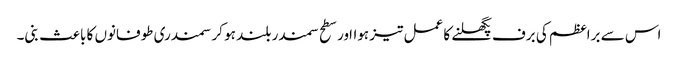
اس سے براعظم کی برف پگھلنے کا عمل تیز ہوااور سطح سمندر بلند ہو کر سمندری طوفانوں کا باعث بنی۔